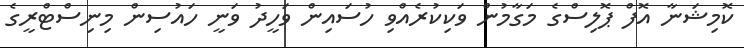
ކޮމިޝަނާ އޮފް ޕޮލިސްގެ މަގާމުން ވަކިކުރެއްވި ހުސައިން ވަހީދު ވަނީ ހައުސިން މިނިސްޓްރީގެ